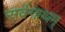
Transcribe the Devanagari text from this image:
सर्वनाथम्